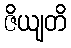
ဇိယျတိ